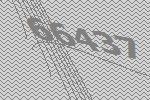
66437